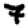
Digit: 7